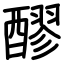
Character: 醪